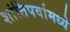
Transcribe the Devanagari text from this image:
शांतिपर्वामध्ये